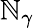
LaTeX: \mathbb{N}_{\gamma}